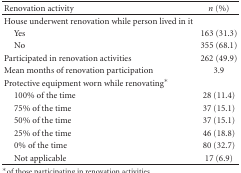
<table><thead><tr><td><b>Renovation activity</b></td><td><b><i>n</i> (%)</b></td></tr></thead><tbody><tr><td>House underwent renovation while person lived in it</td><td></td></tr><tr><td> Yes</td><td>163 (31.3)</td></tr><tr><td> No</td><td>355 (68.1)</td></tr><tr><td>Participated in renovation activities</td><td>262 (49.9)</td></tr><tr><td>Mean months of renovation participation</td><td>3.9</td></tr><tr><td>Protective equipment worn while renovating*</td><td></td></tr><tr><td> 100% of the time</td><td>28 (11.4)</td></tr><tr><td> 75% of the time</td><td>37 (15.1)</td></tr><tr><td> 50% of the time</td><td>37 (15.1)</td></tr><tr><td> 25% of the time</td><td>46 (18.8)</td></tr><tr><td> 0% of the time</td><td>80 (32.7)</td></tr><tr><td> Not applicable</td><td>17 (6.9)</td></tr></tbody></table>